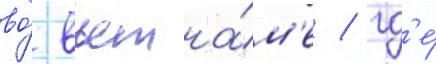
во́ вьетна́м'е / гд'е́